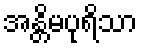
အန္တိမပုရိသာ